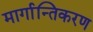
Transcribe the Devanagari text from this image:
मार्गान्तिकरण